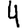
Digit: 4